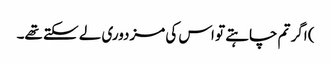
) اگر تم چاہتے تو اس کی مزدوری لے سکتے تھے۔